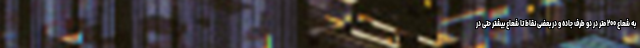
به شعاع ۲۰۰ متر در دو طرف جاده و در بعضی نقاط تا شعاع بیشتر حتی در